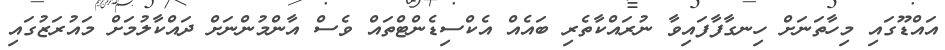
އައްޑޫގައި މިހާތަނަށް ހިނގާފާފައިވާ ނުރައްކާތެރި ބައެއް އެކްސިޑެންޓްތައް ވެސް އާންމުންނަށް ދައްކާލުމަށް މައުރަޒުގައި